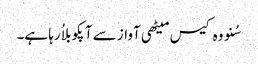
سُنو وہ کیس میٹھی آواز سے آپکو بلاُ رہا ہے۔